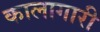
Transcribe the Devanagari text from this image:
कालागारी